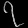
Digit: ၇